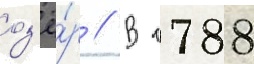
оз'ё́р // В 1788